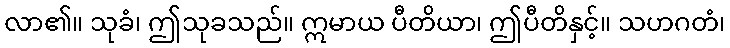
လာ၏။ သုခံ၊ ဤသုခသည်။ ဣမာယ ပီတိယာ၊ ဤပီတိနှင့်။ သဟဂတံ၊